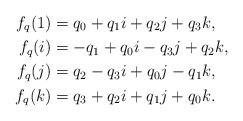
\begin{align*}f_{q}(1) & =q_{0}+q_{1}i+q_{2}j+q_{3}k,\\f_{q}(i) & =-q_{1}+q_{0}i-q_{3}j+q_{2}k,\\f_{q}(j) & =q_{2}-q_{3}i+q_{0}j-q_{1}k,\\f_{q}(k) & =q_{3}+q_{2}i+q_{1}j+q_{0}k.\end{align*}